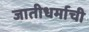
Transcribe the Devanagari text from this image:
जातीधर्माची